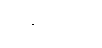
တင်ပို့မှုကို